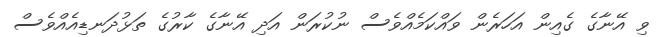
ވި އޭނާގެ ގެއިން އަހަރެން ވައްކަމެއްވެސް ނުކުރަން އަދި އޭނާގެ ކާރުގެ ތަޅުދަނޑިއެއްވެސް